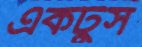
একটুস